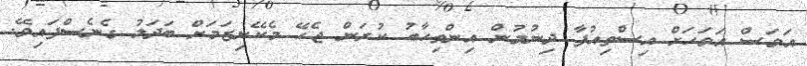
އަވަސް އަވަހަށް އިސްތިއުފާ ދިނުމުން އިންތިހާބު ކުރަން ޖެހޭ މެކޭނިޒަމަށް ބަދަލު ގެނެސްފައިވޭ.